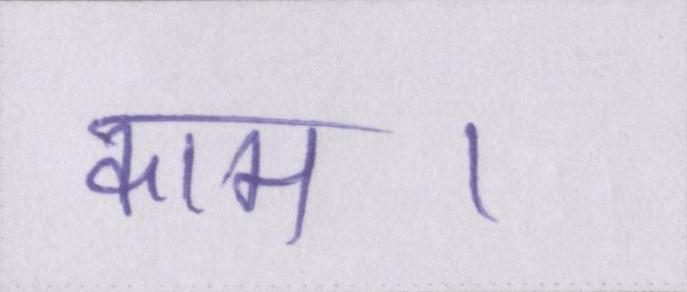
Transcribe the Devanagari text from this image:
काम।